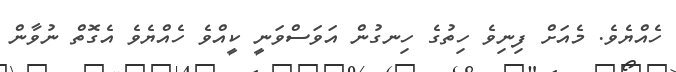
ހެއްޔެވެ. މެއަށް ފިނިވެ ހިތުގެ ހިނގުން އަވަސްވަނީ ކީއްވެ ހެއްޔެވެ އެގޮތް ނުވާން